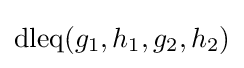
\mathrm {dleq} (g_{1},h_{1},g_{2},h_{2})